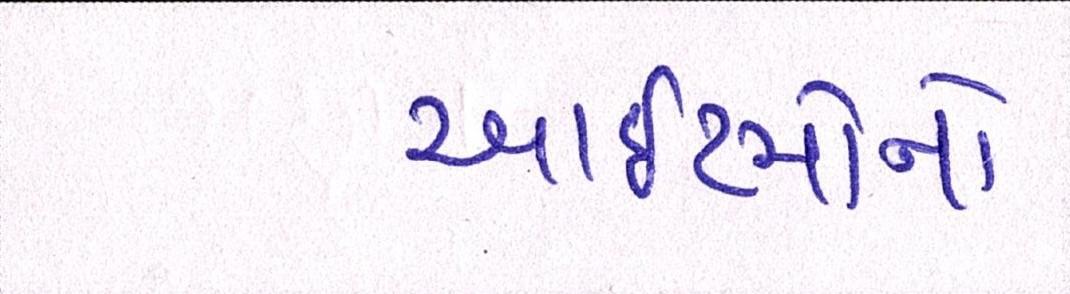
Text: આઈટમોનો